Vaccine operations Central Provinces & Berar 1912-1920 - 1912-1920
Year: 1912
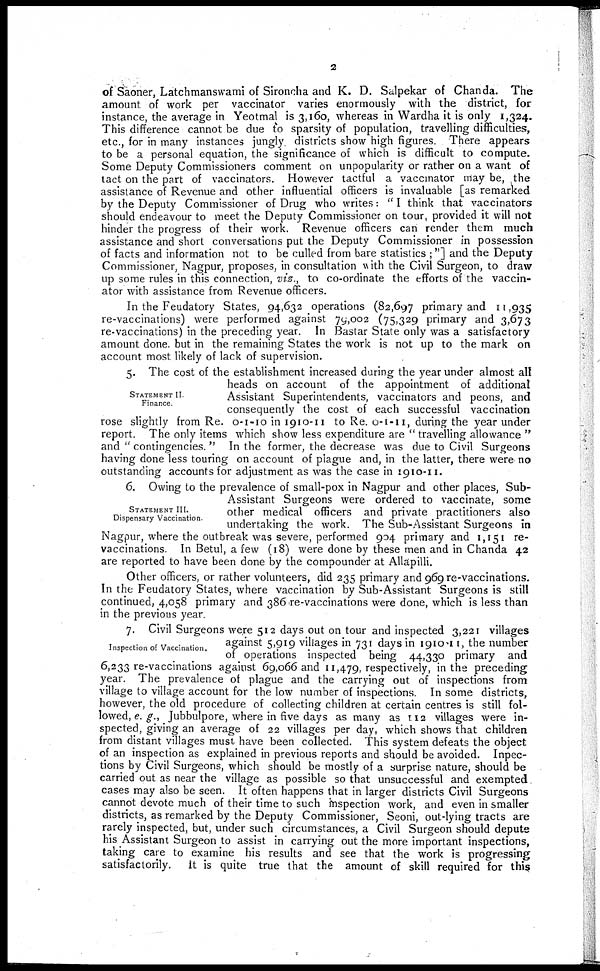
2
of Saoner, Latchmanswami of Sironcha and K. D. Salpekar of Chanda. The
amount of work per vaccinator varies enormously with the district, for
instance, the average in Yeotmal is 3,160, whereas in Wardha it is only 1,324.
This difference cannot be due to sparsity of population, travelling difficulties,
etc., for in many instances jungly districts show high figures. There appears
to be a personal equation, the significance of which is difficult to compute.
Some Deputy Commissioners comment on unpopularity or rather on a want of
tact on the part of vaccinators. However tactful a vaccinator may be, the
assistance of Revenue and other influential officers is invaluable [as remarked
by the Deputy Commissioner of Drug who writes: " I think that vaccinators
should endeavour to meet the Deputy Commissioner on tour, provided it will not
hinder the progress of their work. Revenue officers can render them much
assistance and short conversations put the Deputy Commissioner in possession
of facts and information not to be culled from bare statistics ;"] and the Deputy
Commissioner, Nagpur, proposes, in consultation with the Civil Surgeon, to draw
up some rules in this connection, viz., to co-ordinate the efforts of the vaccin-
ator with assistance from Revenue officers.
In the Feudatory States, 94,632 operations (82,697 primary and 11,935
re-vaccinations) were performed against 79,002 (75,329 primary and 3,673
re-vaccinations) in the preceding year. In Bastar State only was a satisfactory
amount done but in the remaining States the work is not up to the mark on
account most likely of lack of supervision.
STATEMENT II.
Finance.
5. The cost of the establishment increased during the year under almost all
heads on account of the appointment of additional
Assistant Superintendents, vaccinators and peons, and
consequently the cost of each successful vaccination
rose slightly from Re. 0-1-10 in 1910-11 to Re. 0-1-11, during the year under
report. The only items which show less expenditure are " travelling allowance "
and " contingencies. " In the former, the decrease was due to Civil Surgeons
having done less touring on account of plague and, in the latter, there were no
outstanding accounts for adjustment as was the case in 1910-11.
STATEMENT III.
Dispensary Vaccination.
6. Owing to the prevalence of small-pox in Nagpur and other places, Sub-
Assistant Surgeons were ordered to vaccinate, some
other medical officers and private practitioners also
undertaking the work. The Sub-Assistant Surgeons in
Nagpur, where the outbreak was severe, performed 904 primary and 1,151 re-
vaccinations. In Betul, a few (18) were done by these men and in Chanda 42
are reported to have been done by the compounder at Allapilli.
Other officers, or rather volunteers, did 235 primary and 969 re-vaccinations.
In the Feudatory States, where vaccination by Sub-Assistant Surgeons is still
continued, 4,058 primary and 386 re-vaccinations were done, which is less than
in the previous year.
Inspection of Vaccination.
7. Civil Surgeons were 512 days out on tour and inspected 3,221 villages
against 5,919 villages in 731 days in 1910-11, the number
of operations inspected being 44,330 primary and
6,233 re-vaccinations against 69,066 and 11,479, respectively, in the preceding
year. The prevalence of plague and the carrying out of inspections from
village to village account for the low number of inspections. In some districts,
however, the old procedure of collecting children at certain centres is still fol-
lowed, e. g., Jubbulpore, where in five days as many as 112 villages were in-
spected, giving an average of 22 villages per day, which shows that children
from distant villages must have been collected. This system defeats the object
of an inspection as explained in previous reports and should be avoided. Inpec¬
tions by Civil Surgeons, which should be mostly of a surprise nature, should be
carried out as near the village as possible so that unsuccessful and exempted
cases may also be seen. It often happens that in larger districts Civil Surgeons
cannot devote much of their time to such inspection work, and even in smaller
districts, as remarked by the Deputy Commissioner, Seoni, out-lying tracts are
rarely inspected, but, under such circumstances, a Civil Surgeon should depute
his Assistant Surgeon to assist in carrying out the more important inspections,
taking care to examine his results and see that the work is progressing
satisfactorily. It is quite true that the amount of skill required for this